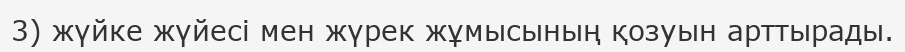
3) жүйке жүйесі мен жүрек жұмысының қозуын арттырады.